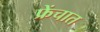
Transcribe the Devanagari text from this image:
फ्रेंचात